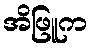
အိဖြူက